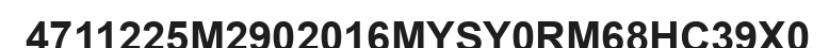
4711225M2902016MYSY0RM68HC39X0